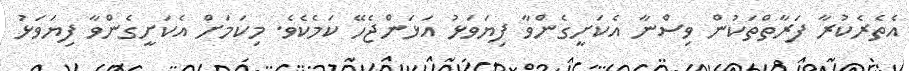
އެތެރެކުރާ ފަރާތްތަކުން ވިސްނާ އެކަށީގެންވާ ފިޔަވަޅު އަޅަންޖެހޭ ކަމެކެވެ. މިކަމަށް އެކަށީގެންވާ ފިޔަވަޅު